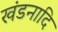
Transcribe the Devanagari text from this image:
खंडनादि